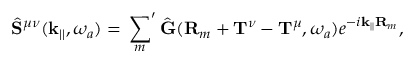
\hat { \mathbf { S } } ^ { \mu \nu } ( \mathbf { k } _ { | | } , \omega _ { a } ) = \sideset { } { ' } \sum _ { m } \hat { \mathbf { G } } ( \mathbf { R } _ { m } + \mathbf { T } ^ { \nu } - \mathbf { T } ^ { \mu } , \omega _ { a } ) e ^ { - i \mathbf { k } _ { | | } \mathbf { R } _ { m } } ,